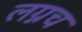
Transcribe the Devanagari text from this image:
लग्नच